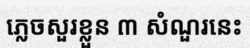
ភ្លេចសួរខ្លួន ៣ សំណួរនេះ